Madras plague regulations in force outside the Presidency town - Volume 1
Disease focus: Plague
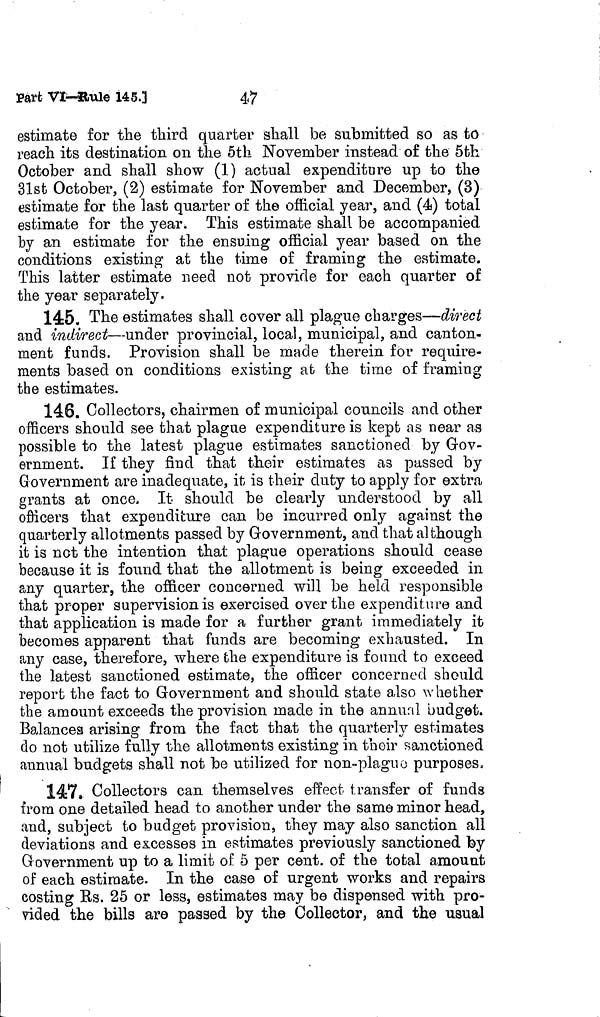
Part VI-Rule 145.]
47
estimate for the third quarter shall be submitted so as to
reach its destination on the 5th November instead of the 5th
October and shall show (1) actual expenditure up to the
31st October, (2) estimate for November and December, (3)
estimate for the last quarter of the official year, and (4) total
estimate for the year. This estimate shall be accompanied
by an estimate for the ensuing official year based on the
conditions existing at the time of framing the estimate.
This latter estimate need not provide for each quarter of
the year separately.
145. The estimates shall cover all plague charges—direct
and indirect—under provincial, local, municipal, and canton-
ment funds. Provision shall be made therein for require-
ments based on conditions existing at the time of framing
the estimates.
146. Collectors, chairmen of municipal councils and other
officers should see that plague expenditure is kept as near as
possible to the latest plague estimates sanctioned by Gov-
ernment. If they find that their estimates as passed by
Government are inadequate, it is their duty to apply for extra
grants at once. It should be clearly understood by all
officers that expenditure can be incurred only against the
quarterly allotments passed by Government, and that although
it is not the intention that plague operations should cease
because it is found that the allotment is being exceeded in
any quarter, the officer concerned will be held responsible
that proper supervision is exercised over the expenditure and
that application is made for a further grant immediately it
becomes apparent that funds are becoming exhausted. In
any case, therefore, where the expenditure is found to exceed
the latest sanctioned estimate, the officer concerned should
report the fact to Government and should state also whether
the amount exceeds the provision made in the annual budget.
Balancea arising from the fact that the quarterly estimates
do not utilize fully the allotments existing in their sanctioned
annual budgets shall not be utilized for non-plagno purposes.
147. Collectors can themselves effect transfer of funds
from one detailed head to another under the same minor head,
and, subject to budget provision, they may also sanction all
deviations and excesses in estimates previously sanctioned by
Government up to a limit of 5 per cent, of the total amount
of each estimate. In the case of urgent works and repairs
costing us. 25 or less, estimates may be dispensed with pro-
vided the bills are passed by the Collector, and the usual